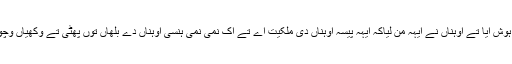
جدوں اوہناں نوں ہوش آیا تے اوہناں نے ایہہ من لیاکہ ایہہ پیسہ اوہناں دی ملکیت اے تے اک نمی نمی ہنسی اوہناں دے بلھاں توں پھٹی تے وکھیاں وچوں نکلن لگ پئی ۔